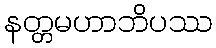
နတ္တမဟာဘိပဿ